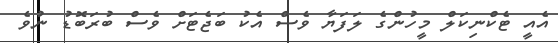
އެއީ ޓެކްނިކަލް މީހުންގެ ލަފަޔާ ވެސް އެކު ބަޖެޓަށް ވެސް ބުރަބޮޑު ނުވެ